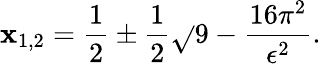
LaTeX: \mathbf{x}_{1,2}=\frac{{1}}{{2}}\pm\frac{{1}}{{2}}\sqrt{}{{9-\frac{{16\pi^{2}}}{{\epsilon^{2}}}}}.